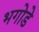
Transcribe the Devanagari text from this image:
भगोडे